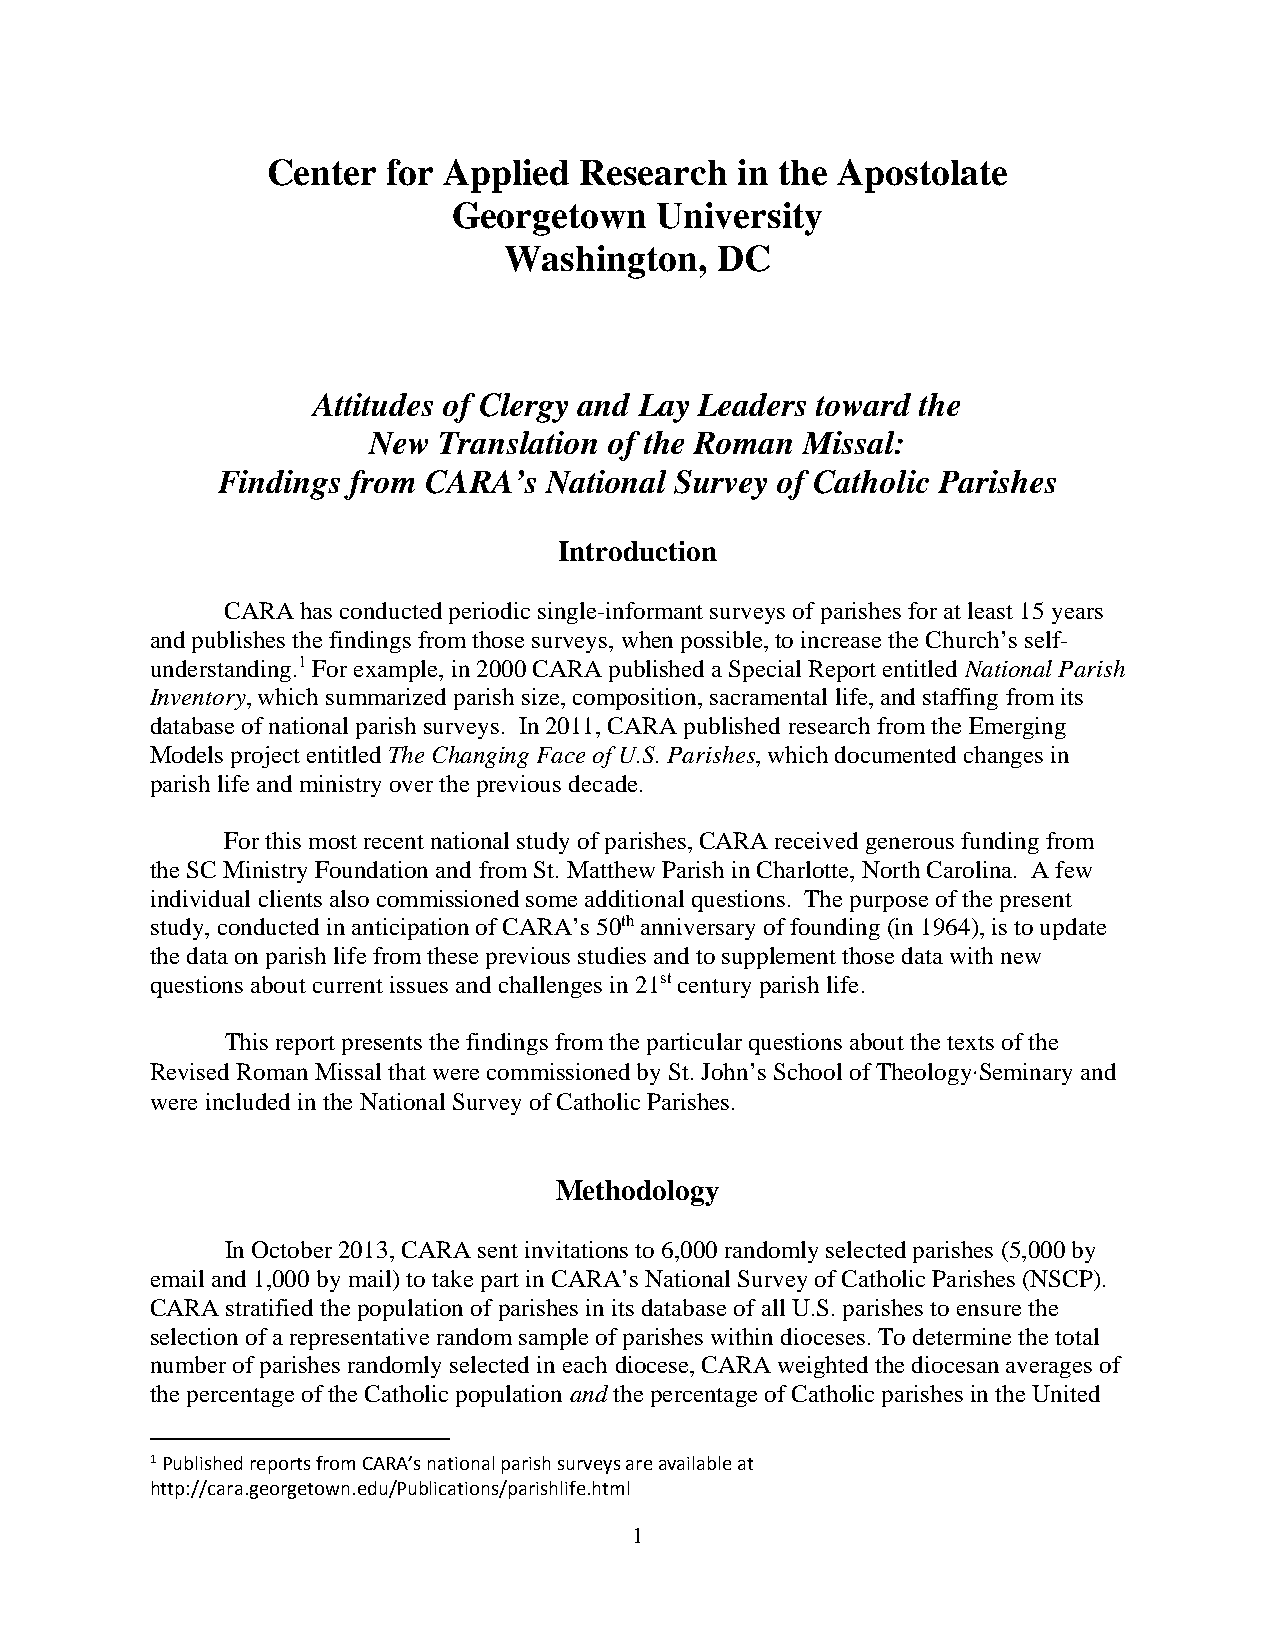
Center  for Applied Research   in the Apostolate
 Georgetown   University
 Washington,   DC
 Attitudes of Clergy and Lay Leaders toward the
 New  Translation of the Roman Missal:
 Findings from CARA’s  National Survey of Catholic Parishes
 Introduction
 CARA has conducted periodic single-informant surveys of parishes for at least 15 years
 and publishes the findings from those surveys, when possible, to increase the Church’s self-
 understanding.1 For example, in 2000 CARA published a Special Report entitled National Parish
 Inventory, which summarized parish size, composition, sacramental life, and staffing from its
 database of national parish surveys. In 2011, CARA published research from the Emerging
 Models project entitled The Changing Face of U.S. Parishes, which documented changes in
 parish life and ministry over the previous decade.
 For this most recent national study of parishes, CARA received generous funding from
 the SC Ministry Foundation and from St. Matthew Parish in Charlotte, North Carolina. A few
 individual clients also commissioned some additional questions. The purpose of the present
 study, conducted in anticipation of CARA’s 50th anniversary of founding (in 1964), is to update
 the data on parish life from these previous studies and to supplement those data with new
 questions about current issues and challenges in 21st century parish life.
 This report presents the findings from the particular questions about the texts of the
 Revised Roman Missal that were commissioned by St. John’s School of Theology∙Seminary and
 were included in the National Survey of Catholic Parishes.
 Methodology
 In October 2013, CARA sent invitations to 6,000 randomly selected parishes (5,000 by
 email and 1,000 by mail) to take part in CARA’s National Survey of Catholic Parishes (NSCP).
 CARA stratified the population of parishes in its database of all U.S. parishes to ensure the
 selection of a representative random sample of parishes within dioceses. To determine the total
 number of parishes randomly selected in each diocese, CARA weighted the diocesan averages of
 the percentage of the Catholic population and the percentage of Catholic parishes in the United
 1 Published reports from CARA’s national parish surveys are available at
 http://cara.georgetown.edu/Publications/parishlife.html
 1